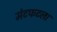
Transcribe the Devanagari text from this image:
मंटफटला